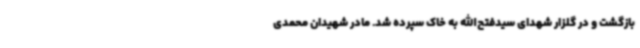
بازگشت و در گلزار شهدای سیدفتح‌الله به خاک سپرده شد. مادر شهیدان محمدی